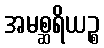
အမစ္ဆရိယဉ္စ